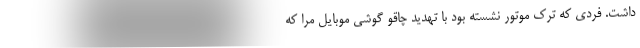
داشت. فردی که ترک موتور نشسته بود با تهدید چاقو گوشی موبایل مرا که